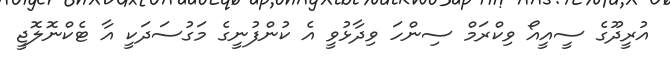
އުރީދޫގެ ސީއީއޯ ވިކްރަމް ސިންހަ ވިދާޅުވީ އެ ކުންފުނީގެ މަގުސަދަކީ އާ ޓެކްނޮލޮޖީ